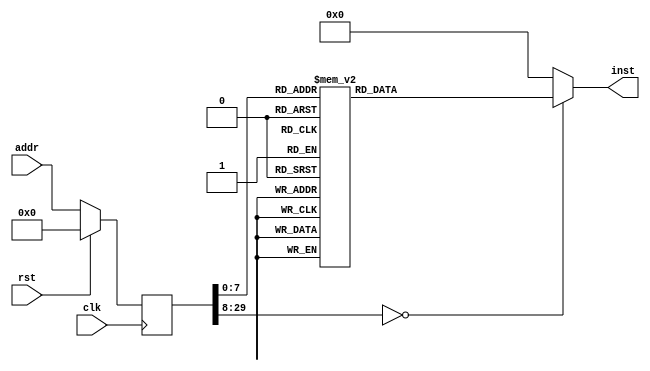
module isr(input clk, input rst, input [29:0] addr, output reg [31:0] inst);
reg [29:0] addr_r;
always @(posedge clk)
begin
addr_r <= (rst) ? (30'b0) : (addr);
end
always @(*)
begin
case(addr_r)
30'h00000000: inst = 32'h3c011ff0;
30'h00000001: inst = 32'hac3d0000;
30'h00000002: inst = 32'h3c1a1f00;
30'h00000003: inst = 32'h001ae821;
30'h00000004: inst = 32'h401a6800;
30'h00000005: inst = 32'h401b6000;
30'h00000006: inst = 32'h00000000;
30'h00000007: inst = 32'h337bfc00;
30'h00000008: inst = 32'h035bd024;
30'h00000009: inst = 32'h335b8000;
30'h0000000a: inst = 32'h141b000c;
30'h0000000b: inst = 32'h00000000;
30'h0000000c: inst = 32'h335b4000;
30'h0000000d: inst = 32'h141b0022;
30'h0000000e: inst = 32'h00000000;
30'h0000000f: inst = 32'h335b0800;
30'h00000010: inst = 32'h141b002b;
30'h00000011: inst = 32'h00000000;
30'h00000012: inst = 32'h335b0400;
30'h00000013: inst = 32'h141b002e;
30'h00000014: inst = 32'h00000000;
30'h00000015: inst = 32'h0800004c;
30'h00000016: inst = 32'h00000000;
30'h00000017: inst = 32'h3c1a1fff;
30'h00000018: inst = 32'h8f5a0030;
30'h00000019: inst = 32'h241b003c;
30'h0000001a: inst = 32'h135b0005;
30'h0000001b: inst = 32'h00000000;
30'h0000001c: inst = 32'h275a0001;
30'h0000001d: inst = 32'h3c011fff;
30'h0000001e: inst = 32'h08000029;
30'h0000001f: inst = 32'hac3a0030;
30'h00000020: inst = 32'h341a0000;
30'h00000021: inst = 32'h3c011fff;
30'h00000022: inst = 32'hac3a0030;
30'h00000023: inst = 32'h3c1b1fff;
30'h00000024: inst = 32'h8f7b0034;
30'h00000025: inst = 32'h00000000;
30'h00000026: inst = 32'h277b0001;
30'h00000027: inst = 32'h3c011fff;
30'h00000028: inst = 32'hac3b0034;
30'h00000029: inst = 32'h401b5800;
30'h0000002a: inst = 32'h3c1a02fa;
30'h0000002b: inst = 32'h375af080;
30'h0000002c: inst = 32'h035bd021;
30'h0000002d: inst = 32'h409a5800;
30'h0000002e: inst = 32'h0800004c;
30'h0000002f: inst = 32'h00000000;
30'h00000030: inst = 32'h3c1a1fff;
30'h00000031: inst = 32'h8f5a0028;
30'h00000032: inst = 32'h00000000;
30'h00000033: inst = 32'h275a0001;
30'h00000034: inst = 32'h3c011fff;
30'h00000035: inst = 32'hac3a0028;
30'h00000036: inst = 32'h401b6800;
30'h00000037: inst = 32'h00000000;
30'h00000038: inst = 32'h337bbc00;
30'h00000039: inst = 32'h409b6800;
30'h0000003a: inst = 32'h0800004c;
30'h0000003b: inst = 32'h00000000;
30'h0000003c: inst = 32'h401b6800;
30'h0000003d: inst = 32'h00000000;
30'h0000003e: inst = 32'h337bf400;
30'h0000003f: inst = 32'h409b6800;
30'h00000040: inst = 32'h0800004c;
30'h00000041: inst = 32'h00000000;
30'h00000042: inst = 32'h3c1a8000;
30'h00000043: inst = 32'h8f5a000c;
30'h00000044: inst = 32'h3c018000;
30'h00000045: inst = 32'hac3a0008;
30'h00000046: inst = 32'h3c011bef;
30'h00000047: inst = 32'hac3af000;
30'h00000048: inst = 32'h401b6800;
30'h00000049: inst = 32'h00000000;
30'h0000004a: inst = 32'h337bf800;
30'h0000004b: inst = 32'h409b6800;
30'h0000004c: inst = 32'h3c1d1ff0;
30'h0000004d: inst = 32'h8fbd0000;
30'h0000004e: inst = 32'h401b6000;
30'h0000004f: inst = 32'h00000000;
30'h00000050: inst = 32'h377b0001;
30'h00000051: inst = 32'h401a7000;
30'h00000052: inst = 32'h00000000;
30'h00000053: inst = 32'h409b6000;
30'h00000054: inst = 32'h03400008;
30'h00000055: inst = 32'h00000000;
30'h00000056: inst = 32'h27bdffe8;
30'h00000057: inst = 32'ha3a40010;
30'h00000058: inst = 32'h3c028000;
30'h00000059: inst = 32'h34420000;
30'h0000005a: inst = 32'h8c420000;
30'h0000005b: inst = 32'h00000000;
30'h0000005c: inst = 32'h30420001;
30'h0000005d: inst = 32'h1040fffa;
30'h0000005e: inst = 32'h00000000;
30'h0000005f: inst = 32'h3c028000;
30'h00000060: inst = 32'h83a30010;
30'h00000061: inst = 32'h00000000;
30'h00000062: inst = 32'h34420008;
30'h00000063: inst = 32'hac430000;
30'h00000064: inst = 32'h27bd0018;
30'h00000065: inst = 32'h03e00008;
30'h00000066: inst = 32'h00000000;
30'h00000067: inst = 32'h27bdffd0;
30'h00000068: inst = 32'hafbf002c;
30'h00000069: inst = 32'hafa40020;
30'h0000006a: inst = 32'hafa00024;
30'h0000006b: inst = 32'h8fa20020;
30'h0000006c: inst = 32'h00000000;
30'h0000006d: inst = 32'h8fa30024;
30'h0000006e: inst = 32'h00000000;
30'h0000006f: inst = 32'h00431021;
30'h00000070: inst = 32'h80420000;
30'h00000071: inst = 32'h00000000;
30'h00000072: inst = 32'h10400010;
30'h00000073: inst = 32'h00000000;
30'h00000074: inst = 32'h8fa20020;
30'h00000075: inst = 32'h00000000;
30'h00000076: inst = 32'h8fa30024;
30'h00000077: inst = 32'h00000000;
30'h00000078: inst = 32'h00431021;
30'h00000079: inst = 32'h80440000;
30'h0000007a: inst = 32'h00000000;
30'h0000007b: inst = 32'h0c000056;
30'h0000007c: inst = 32'h00000000;
30'h0000007d: inst = 32'h8fa20024;
30'h0000007e: inst = 32'h00000000;
30'h0000007f: inst = 32'h24420001;
30'h00000080: inst = 32'hafa20024;
30'h00000081: inst = 32'h0800006b;
30'h00000082: inst = 32'h00000000;
30'h00000083: inst = 32'h8fbf002c;
30'h00000084: inst = 32'h00000000;
30'h00000085: inst = 32'h27bd0030;
30'h00000086: inst = 32'h03e00008;
30'h00000087: inst = 32'h00000000;
30'h00000088: inst = 32'h27bdffd0;
30'h00000089: inst = 32'hafbf002c;
30'h0000008a: inst = 32'h3c028000;
30'h0000008b: inst = 32'h34420004;
30'h0000008c: inst = 32'h8c420000;
30'h0000008d: inst = 32'h00000000;
30'h0000008e: inst = 32'h30420001;
30'h0000008f: inst = 32'h1040fffa;
30'h00000090: inst = 32'h00000000;
30'h00000091: inst = 32'h3c028000;
30'h00000092: inst = 32'h3442000c;
30'h00000093: inst = 32'h8c420000;
30'h00000094: inst = 32'h00000000;
30'h00000095: inst = 32'ha3a20020;
30'h00000096: inst = 32'h83a20020;
30'h00000097: inst = 32'h00000000;
30'h00000098: inst = 32'h2403000d;
30'h00000099: inst = 32'h14430007;
30'h0000009a: inst = 32'h00000000;
30'h0000009b: inst = 32'h3c02c000;
30'h0000009c: inst = 32'h244402b0;
30'h0000009d: inst = 32'h0c000067;
30'h0000009e: inst = 32'h00000000;
30'h0000009f: inst = 32'h080000a5;
30'h000000a0: inst = 32'h00000000;
30'h000000a1: inst = 32'h83a40020;
30'h000000a2: inst = 32'h00000000;
30'h000000a3: inst = 32'h0c000056;
30'h000000a4: inst = 32'h00000000;
30'h000000a5: inst = 32'h83a20020;
30'h000000a6: inst = 32'h00000000;
30'h000000a7: inst = 32'h8fbf002c;
30'h000000a8: inst = 32'h00000000;
30'h000000a9: inst = 32'h27bd0030;
30'h000000aa: inst = 32'h03e00008;
30'h000000ab: inst = 32'h00000000;
30'h000000ac: inst = 32'h0d0a0000;
default:      inst = 32'h00000000;
endcase
end
endmodule